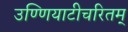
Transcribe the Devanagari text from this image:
उण्णियाटीचरितम्